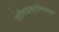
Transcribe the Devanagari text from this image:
एंटीमाइक्रोबियल्स